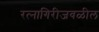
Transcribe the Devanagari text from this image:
रत्‍नागिरीजवळील